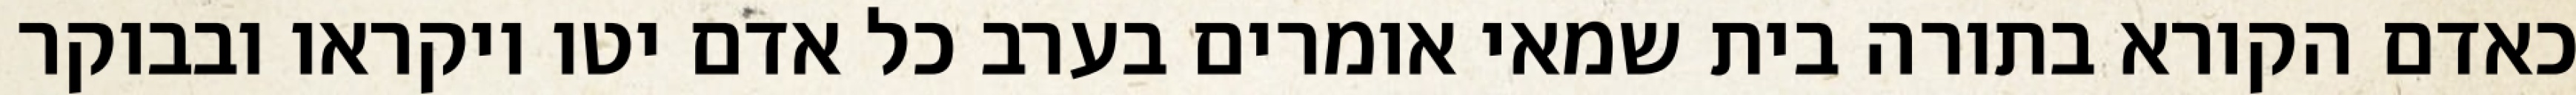
כאדם הקורא בתורה בית שמאי אומרים בערב כל אדם יטו ויקראו ובבוקר